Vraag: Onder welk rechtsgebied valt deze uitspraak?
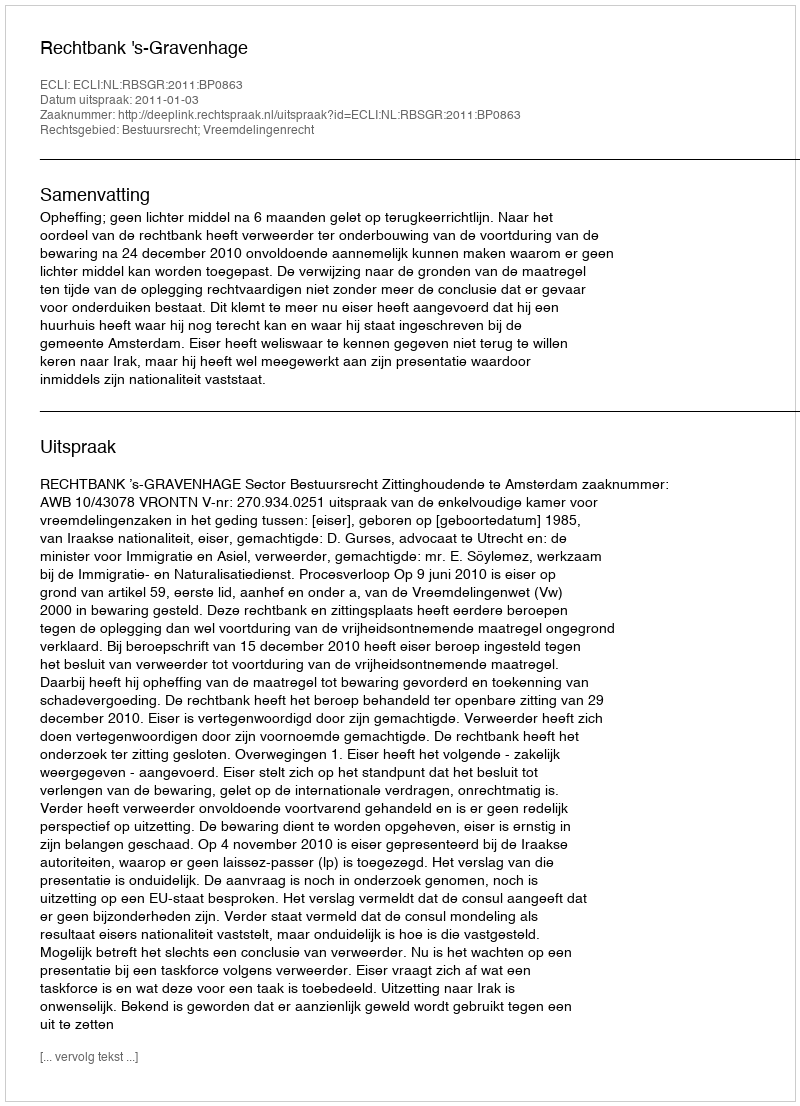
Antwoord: Bestuursrecht; Vreemdelingenrecht